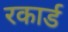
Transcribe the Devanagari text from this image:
रकार्ड